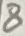
Text: 8